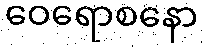
ဝေရောစနော